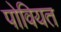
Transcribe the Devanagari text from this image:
पोवियत